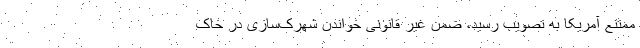
ممتنع آمریکا به تصویب رسید، ضمن غیر قانونی خواندن شهرک‌سازی در خاک